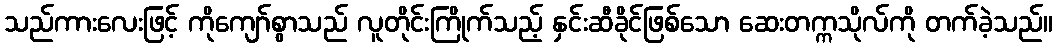
သည်ကားလေးဖြင့် ကိုကျော်စွာသည် လူတိုင်းကြိုက်သည့် နှင်းဆီခိုင်ဖြစ်သော ဆေးတက္ကသိုလ်ကို တက်ခဲ့သည်။